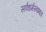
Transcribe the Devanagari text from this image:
सर्वधर्मस्वभाव